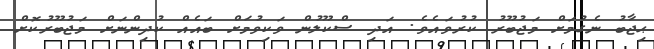
ޙިޖާބު ނެގުމަށް މަޖުބޫރު ކުރުވައެވެ. އަދި ސްކޫލުން ވަކިވުމަށް ބައެއް ކުދިންނަށް މަޖުބޫރުކޮށް